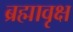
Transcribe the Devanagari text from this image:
ब्रह्मावृक्ष